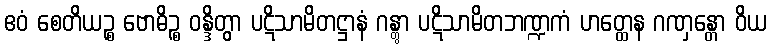
ဧဝံ စေတိယဉ္စ ဗောဓိဉ္စ ဝန္ဒိတွာ ပဋိသာမိတဋ္ဌာနံ ဂန္တွာ ပဋိသာမိတဘဏ္ဍကံ ဟတ္ထေန ဂဏှန္တော ဝိယ